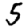
Digit: 5